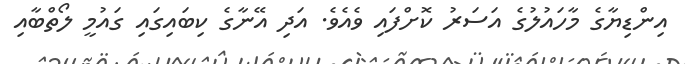
އިންޑިޔާގެ މާހައުލުގެ އަސަރު ކޮށްފައި ވެއެވެ. އަދި އޭނާގެ ކިބައިގައި ގައުމީ ލޯތްބާއި